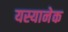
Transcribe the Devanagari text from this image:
यस्यानेक